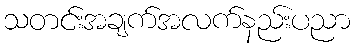
သတင်းအချက်အလက်နည်းပညာ